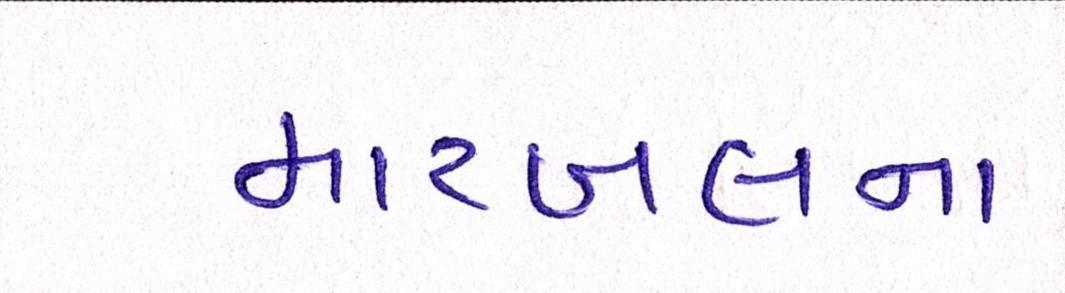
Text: મારબલના